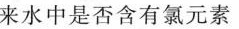
来水中是否含有氯元素